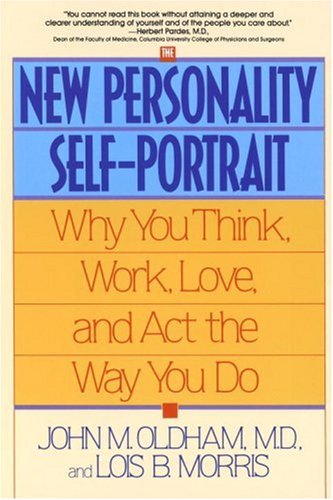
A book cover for The New Personality Self-Portrait: Why You Think, Work, Love and Act the Way You Do; John M. Oldham; Health, Fitness & Dieting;